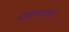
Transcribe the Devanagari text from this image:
श्रीशिवछत्रपती